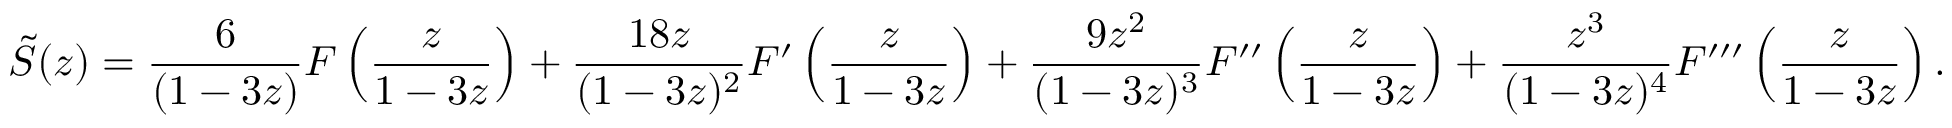
{ \tilde { S } } ( z ) = { \frac { 6 } { ( 1 - 3 z ) } } F \left( { \frac { z } { 1 - 3 z } } \right) + { \frac { 1 8 z } { ( 1 - 3 z ) ^ { 2 } } } F ^ { \prime } \left( { \frac { z } { 1 - 3 z } } \right) + { \frac { 9 z ^ { 2 } } { ( 1 - 3 z ) ^ { 3 } } } F ^ { \prime \prime } \left( { \frac { z } { 1 - 3 z } } \right) + { \frac { z ^ { 3 } } { ( 1 - 3 z ) ^ { 4 } } } F ^ { \prime \prime \prime } \left( { \frac { z } { 1 - 3 z } } \right) .